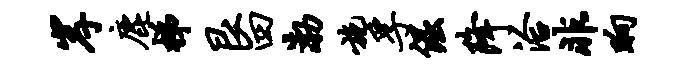
岸鹿梯艮四渤施孚倔降洽非晌